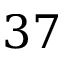
3 7